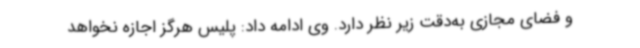
و فضای مجازی به‌دقت زیر نظر دارد. وی ادامه داد: پلیس هرگز اجازه نخواهد